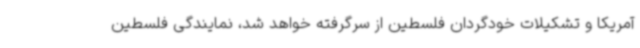
آمریکا و تشکیلات خودگردان فلسطین از سرگرفته خواهد شد، نمایندگی فلسطین